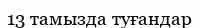
13 тамызда туғандар